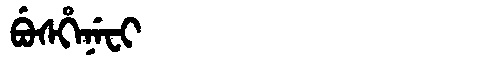
Manchu: ᠪᡠᠰᡥᡝᠨᡝᠸᡳ
Romanization: BUSHENEFI